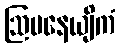
ဩပနေယျိကံ